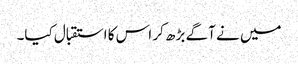
میں نے آگے بڑھ کر اس کا استقبال کیا۔